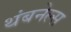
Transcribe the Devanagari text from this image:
थंबनेल्स